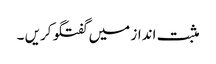
مثبت انداز میں‌ گفتگو کریں ۔